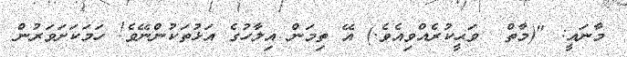
މާނައީ: "(މާތް  ވަޙީކުރެއްވިއެވެ.) އޭ ތިމަން އިލާހުގެ އަޅުތަކުންނޭވެ! ހަމަކަށަވަރުން